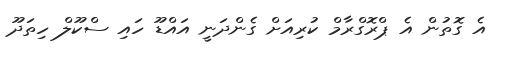
އެ ގޮތުން އެ ޕްރޮގްރާމް ކުރިއަށް ގެންދަނީ އައްޑޫ ހައި ސްކޫލް ހިތަދޫ